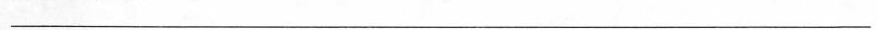
___